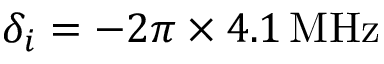
\delta _ { i } = - 2 \pi \times 4 . 1 \, \mathrm { { M H z } }